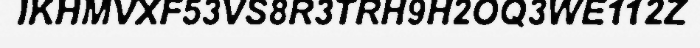
IKHMVXF53VS8R3TRH9H2OQ3WE112Z